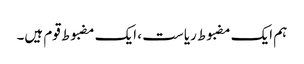
ہم ایک مضبوط ریاست ، ایک مضبوط قوم ہیں۔